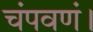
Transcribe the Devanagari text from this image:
चंपवणं।